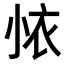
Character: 𭕊